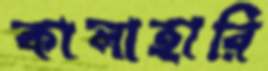
কালাহারি